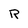
Character: R